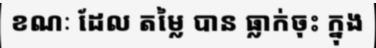
ខណៈ ដែល តម្លៃ បាន ធ្លាក់ចុះ ក្នុង